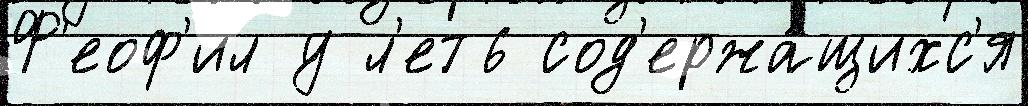
Ф'еоф'ил у л'ет6 сод'ержа́щихс'я